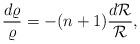
LaTeX: \begin{align*}\frac{d\varrho}{\varrho}=-(n+1)\frac{d{\cal R}}{\cal R},\end{align*}